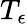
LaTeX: T_{\epsilon}